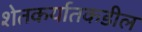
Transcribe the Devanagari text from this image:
शेतकर्यातकडील